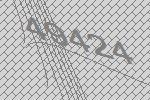
49424